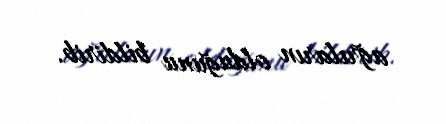
ağrıların olduğunu bildirib.